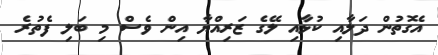
އެގޮތުން ދަލާއި ކުޅާއި ލޭގެ ޒަރިއްޔާ އިން ވެސް މި ބަލި ފެތުރެ